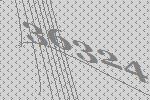
36324